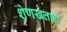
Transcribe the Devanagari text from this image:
शेणखताचं